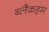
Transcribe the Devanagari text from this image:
ब्लैकहम